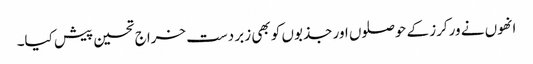
انھوں نے ورکرز کے حوصلوں اور جذبوں کو بھی زبر دست خراج تحسین پیش کیا۔